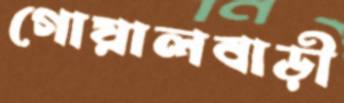
গোয়ালবাড়ী